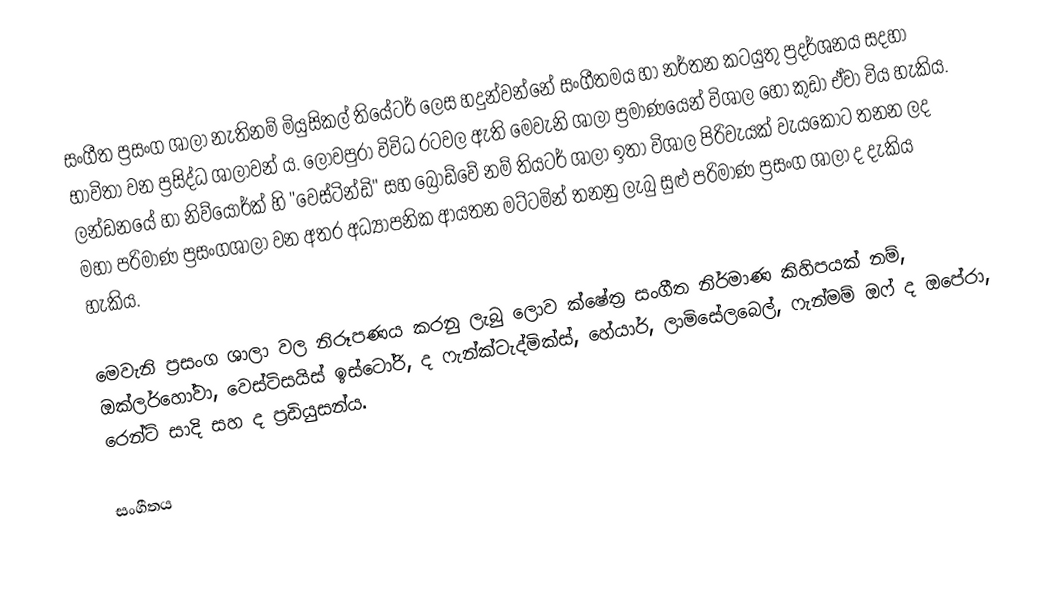
සංගීත ප්‍රසංග ශාලා නැතිනම් මියුසිකල් තියේටර් ලෙස හදුන්වන්නේ සංගීතමය හා නර්තන කටයුතු ප්‍රදර්ශනය සදහා භාවිතා වන ප්‍රසිද්ධ ශාලාවන් ය. ලොවපුරා විවිධ රටවල ඇති මෙවැනි ශාලා ප්‍රමාණයෙන් විශාල හෝ කුඩා ඒවා විය හැකිය. ලන්ඩනයේ හා නිව්යෝර්ක් හි "වෙස්ටින්ඩි" සහ බ්‍රෝඩ්වේ නම් තියටර් ශාලා ඉතා විශාල පිරිවැයක් වැයකොට තනන ලද මහා පරිමාණ ප්‍රසංගශාලා වන අතර අධ්‍යාපනික ආයතන මට්ටමින් තනනු ලැබු සුළු පරිමාණ ප්‍රසංග ශාලා ද දැකිය හැකිය.

මෙවැනි  ප්‍රසංග ශාලා වල නිරූපණය කරනු ලැබු ලොව ක්ෂේත්‍ර සංගීත නිර්මාණ කිහිපයක් නම්, ඔක්ලර්හෝවා, වෙස්ටිසයිස් ඉස්ටෝරි, ද ෆැන්ක්ටැද්මික්ස්, හේයාර්, ලාමිසේලබෙල්, ෆැන්මම් ඔෆ් ද ඔපේරා, රෙන්ට් සාදි සහ ද ප්‍රඩියුසන්ය.

සංගීතය